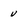
Character: v